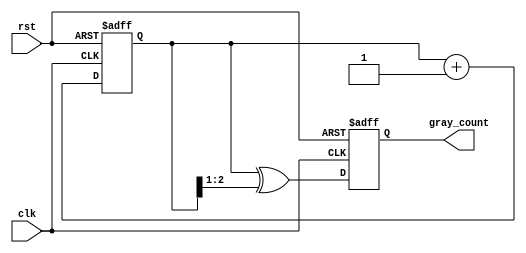
module gray_code_counter #(
    parameter WIDTH = 3  // Width of the counter (number of bits)
)(
    input wire clk,      // Clock input
    input wire rst,      // Asynchronous reset
    output reg [WIDTH-1:0] gray_count // Output Gray Code
);

// Internal binary counter register
reg [WIDTH-1:0] bin_count;

// Always block for counter logic
always @(posedge clk or posedge rst) begin
    if (rst) begin
        // Reset the counter to 0
        bin_count <= 0;
        gray_count <= 0;
    end else begin
        // Increment binary counter
        bin_count <= bin_count + 1;
        // Convert binary to Gray Code
        gray_count <= bin_count ^ (bin_count >> 1);
    end
end

endmodule